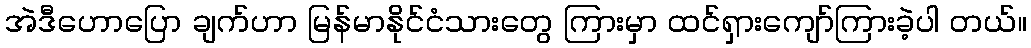
အဲဒီဟောပြော ချက်ဟာ မြန်မာနိုင်ငံသားတွေ ကြားမှာ ထင်ရှားကျော်ကြားခဲ့ပါ တယ်။